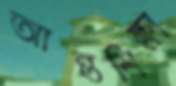
আন্তশিক্ষা